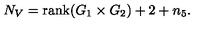
N _ { V } = \mathrm { r a n k } ( G _ { 1 } \times G _ { 2 } ) + 2 + n _ { 5 } .